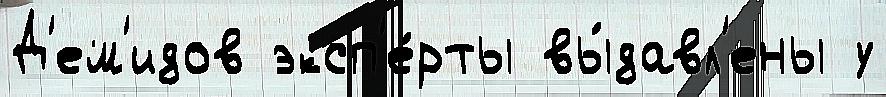
Д'ем'идов эксп'е́рты вы́давл'ены у